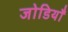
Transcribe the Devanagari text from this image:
जोडियाँ